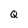
Character: Q